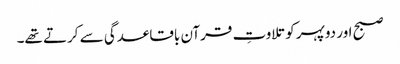
صبح اور دوپہر کو تلاوتِ قرآن باقاعدگی سے کرتے تھے۔